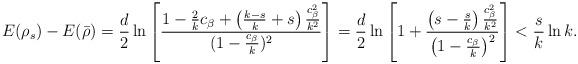
LaTeX: \begin{align*}E(\rho_s)-E(\bar{\rho})=\frac{d}{2}\ln\left[\frac{1-\frac{2}{k}c_\beta+\left(\frac{k-s}{k}+s\right)\frac{c_\beta^2}{k^2}}{(1-\frac{c_\beta}{k})^2}\right]=\frac{d}{2}\ln\left[1+\frac{\left(s-\frac{s}{k}\right)\frac{c_\beta^2}{k^2}}{\left(1-\frac{c_\beta}{k}\right)^2}\right]<\frac{s}{k}\ln k.\end{align*}